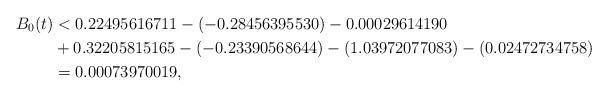
\begin{align*}B_0(t) & < 0.22495616711 - (-0.28456395530) - 0.00029614190 \\ & + 0.32205815165 - (-0.23390568644) - (1.03972077083) - (0.02472734758) \\ & = 0.00073970019 , \end{align*}